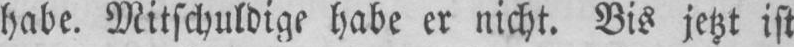
habe. Mitschuldige habe er nicht. Bis jetzt ist